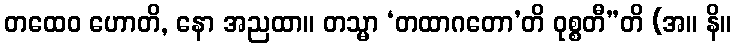
တထေဝ ဟောတိ, နော အညထာ။ တသ္မာ ‘တထာဂတော’တိ ဝုစ္စတီ”တိ (အ။ နိ။